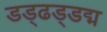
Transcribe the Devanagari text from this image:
डड्ढड्डद्म